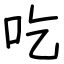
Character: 吃